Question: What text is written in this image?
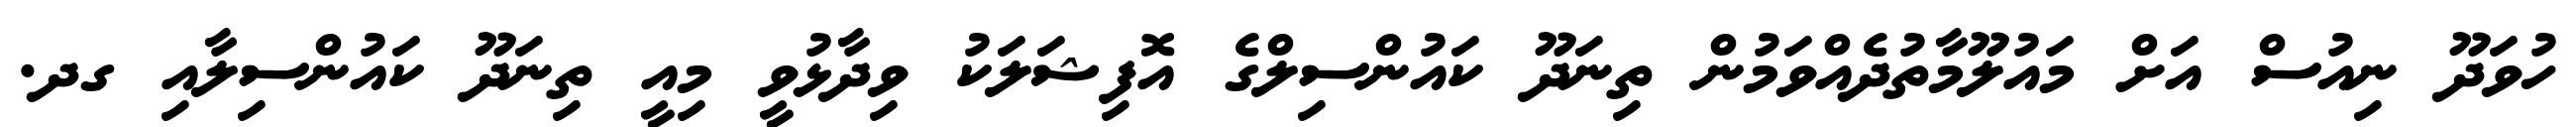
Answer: ހުވަދޫ ނިއުސް އަށް މައުލޫމާތުދެއްވަމުން ތިނަދޫ ކައުންސިލްގެ އޮފިޝަލަކު ވިދާޅުވީ މިއީ ތިނަދޫ ކައުންސިލާއި ގދ.